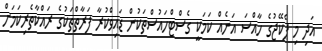
އަދި މި ޕެކޭޖުގެ ހާއްސަ އަނެއް ކަމަކީ ގެސްޓްހައުސްތަކުން ޑައިވްކުރާ ފަރާތްތަކުގެ ރައްކާތެރިކަމަށް